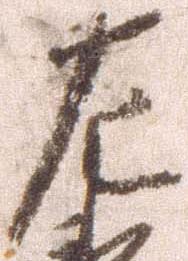
左